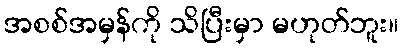
အစစ်အမှန်ကို သိပြီးမှာ မဟုတ်ဘူး။